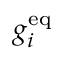
g _ { i } ^ { \mathrm { { e q } } }